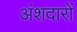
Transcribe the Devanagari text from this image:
अंशदारों